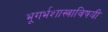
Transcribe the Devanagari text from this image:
भूगर्भशास्त्राविषयी